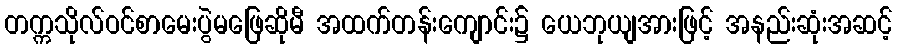
တက္ကသိုလ်ဝင်စာမေးပွဲမဖြေဆိုမီ အထက်တန်းကျောင်း၌ ယေဘုယျအားဖြင့် အနည်းဆုံးအဆင့်